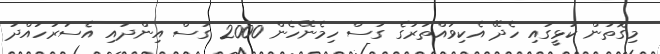
މިގޮތުން ކުޅީގައި ހެދޭ އެކިވައްތަރުގެ ގަސް ހިމެނޭހެން 2000 ގަސް އިންދައި އެސަރަހައްދު